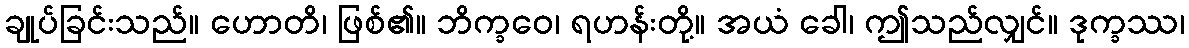
ချုပ်ခြင်းသည်။ ဟောတိ၊ ဖြစ်၏။ ဘိက္ခဝေ၊ ရဟန်းတို့။ အယံ ခေါ၊ ဤသည်လျှင်။ ဒုက္ခဿ၊